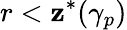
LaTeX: r<\mathbf{z}^{*}(\gamma_{p})